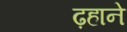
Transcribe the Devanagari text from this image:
ढ़हाने